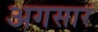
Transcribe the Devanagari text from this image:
अगसार